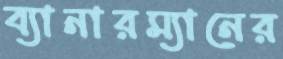
ব্যানারম্যানের